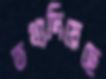
তথ্যদিয়েছে